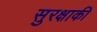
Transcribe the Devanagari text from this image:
सुरक्षाकी